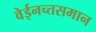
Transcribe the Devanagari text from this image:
वेईनच्तसमान